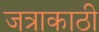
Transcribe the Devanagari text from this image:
जत्राकाठी